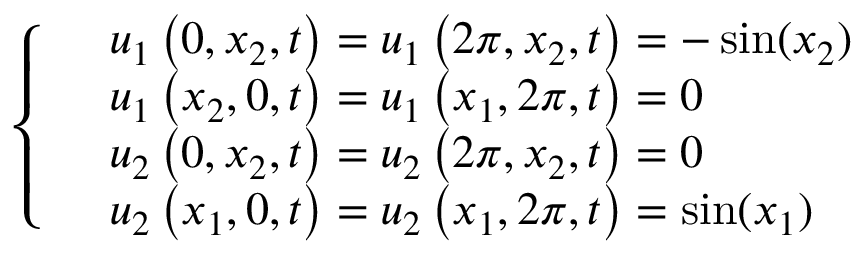
\left\{ \begin{array} { r l } & { u _ { 1 } \left( 0 , { { x } _ { 2 } } , t \right) = u _ { 1 } \left( 2 \pi , { { x } _ { 2 } } , t \right) = - \sin ( x _ { 2 } ) } \\ & { u _ { 1 } \left( { { x } _ { 2 } } , 0 , t \right) = u _ { 1 } \left( { { x } _ { 1 } } , 2 \pi , t \right) = 0 } \\ & { u _ { 2 } \left( 0 , { { x } _ { 2 } } , t \right) = u _ { 2 } \left( 2 \pi , { { x } _ { 2 } } , t \right) = 0 } \\ & { u _ { 2 } \left( { { x } _ { 1 } } , 0 , t \right) = u _ { 2 } \left( { { x } _ { 1 } } , 2 \pi , t \right) = \sin ( x _ { 1 } ) } \end{array} \right.